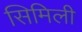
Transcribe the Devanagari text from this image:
सिमिली